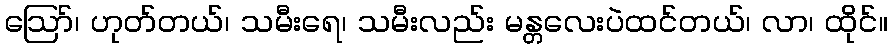
ဪ၊ ဟုတ်တယ်၊ သမီးရေ၊ သမီးလည်း မန္တလေးပဲထင်တယ်၊ လာ၊ ထိုင်။